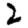
Digit: 2